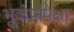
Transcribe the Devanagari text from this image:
भूकंपांपेक्षा